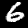
Label: 6